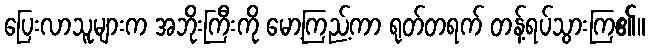
ပြေးလာသူများက အဘိုးကြီးကို မော့ကြည့်ကာ ရုတ်တရက် တန့်ရပ်သွားကြ၏။